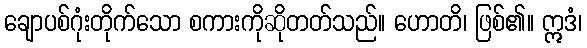
ချောပစ်ဂုံးတိုက်သော စကားကိုဆိုတတ်သည်။ ဟောတိ၊ ဖြစ်၏။ ဣဒံ၊